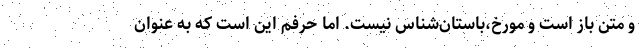
و متن باز است و مورخ،باستان‌شناس نیست. اما حرفم این است که به عنوان